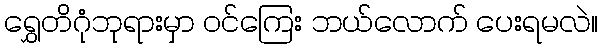
ရွှေတိဂုံဘုရားမှာ ဝင်ကြေး ဘယ်လောက် ပေးရမလဲ။